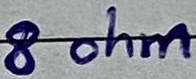
Text: 8 ohm